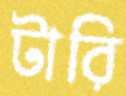
টারি